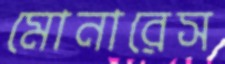
মোনারেস